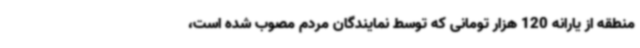
منطقه از یارانه 120 هزار تومانی که توسط نمایندگان مردم مصوب شده است،